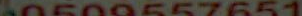
60508557651